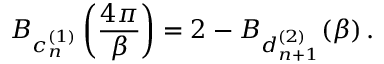
B _ { c _ { n } ^ { ( 1 ) } } \left( \frac { 4 \pi } { \beta } \right) = 2 - B _ { d _ { n + 1 } ^ { ( 2 ) } } ( \beta ) \, .